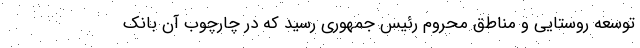
توسعه روستایی و مناطق محروم رئیس جمهوری رسید که در چارچوب آن بانک